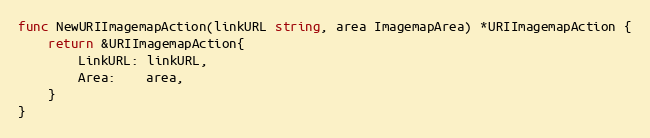
Language: Go
func NewURIImagemapAction(linkURL string, area ImagemapArea) *URIImagemapAction {
	return &URIImagemapAction{
		LinkURL: linkURL,
		Area:    area,
	}
}